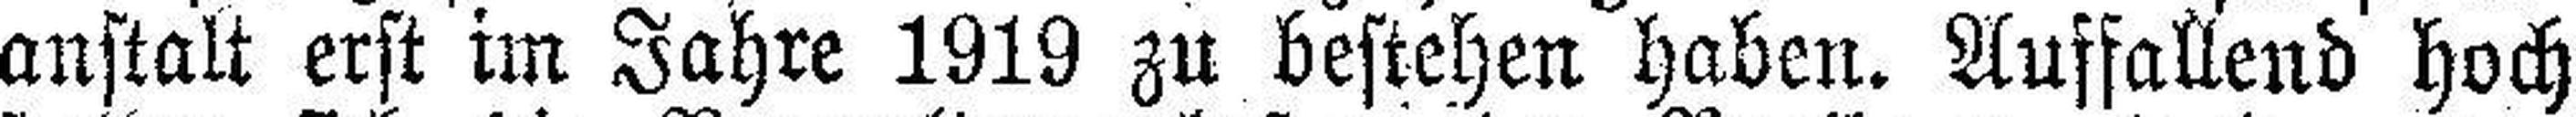
anstalt erst im Jahre 1919 zu bestehen haben. Auffallend hoch